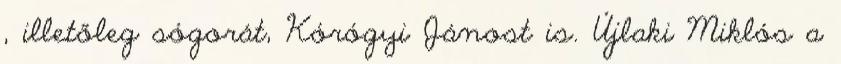
, illetőleg sógorát, Kórógyi Jánost is. Újlaki Miklós a